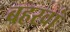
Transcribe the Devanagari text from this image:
बहरवां